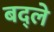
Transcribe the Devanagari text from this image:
बद्ले